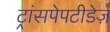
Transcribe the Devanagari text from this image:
ट्रांसपेपटीडेज़